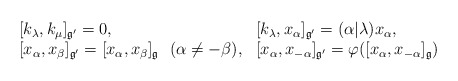
\begin{align*}\begin{array}{ll}\ [k_\lambda,k_\mu]_{\frak g'}=0, &[k_\lambda, x_\alpha]_{\frak g'}=(\alpha|\lambda)x_\alpha, \\ \ [x_\alpha,x_\beta]_{\frak g'}=[x_\alpha,x_\beta]_{\frak g}\ \ (\alpha\neq-\beta),&[x_\alpha,x_{-\alpha}]_{\frak g'}=\varphi([x_\alpha,x_{-\alpha}]_{\frak g})\end{array}\end{align*}